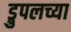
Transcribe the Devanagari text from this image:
ड्रुपलच्या